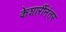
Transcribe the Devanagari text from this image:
केशारींनंतर